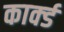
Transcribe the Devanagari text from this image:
कार्क्ड